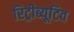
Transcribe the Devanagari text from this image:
रिट्रीब्यूटिव